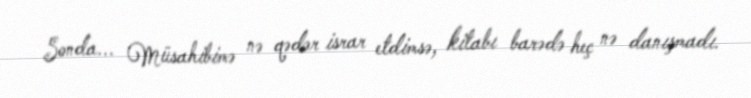
Sonda... Müsahibimə nə qədər israr etdimsə, kitabı barədə heç nə danışmadı.